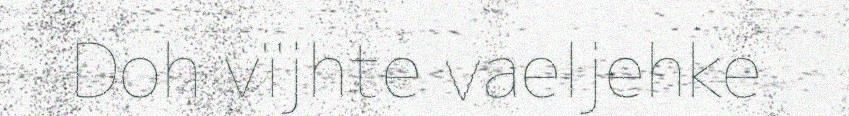
Doh vïjhte vaeljehke